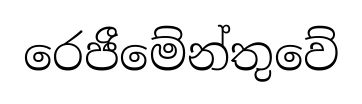
රෙජීමේන්තුවේ